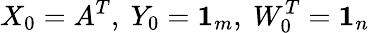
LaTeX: X_{0}=A^{T},\ Y_{0}=\boldsymbol{1}_{m},\ W_{0}^{T}=\boldsymbol{1}_{n}